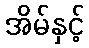
အိမ်နှင့်